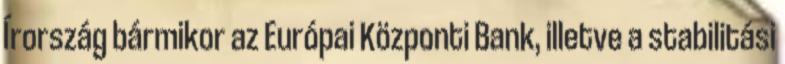
Írország bármikor az Európai Központi Bank, illetve a stabilitási